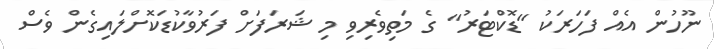
ނޫހުން އެއް ފަހަރަކު "ޑޮކްޓަރު" ގެ މަތިވެރިވި މި ޝަރަފަށް ފަރުވާކުޑަކޮށްލައިގެން ވެސް